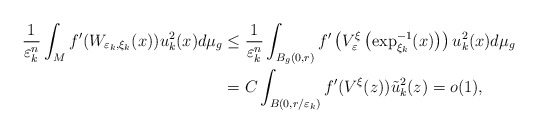
\begin{align*}\frac{1}{\varepsilon_{k}^{n}}\int_{M}f^{\prime}(W_{\varepsilon_{k},\xi_{k}}(x))u_{k}^{2}(x)d\mu_{g} & \leq\frac{1}{\varepsilon_{k}^{n}}\int_{B_{g}(0,r)}f^{\prime}\left( V_{\varepsilon}^{\xi}\left( \exp_{\xi_{k}}^{-1}(x)\right) \right) u_{k}^{2}(x)d\mu_{g}\\& =C\int_{B(0,r/\varepsilon_{k})}f^{\prime}(V^{\xi}(z))\tilde{u}_{k}^{2}(z)=o(1),\end{align*}